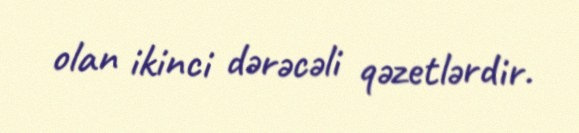
olan ikinci dərəcəli qəzetlərdir.